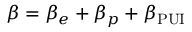
\beta = \beta _ { e } + \beta _ { p } + \beta _ { \mathrm { P U I } }